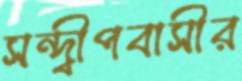
সন্দ্বীপবাসীর